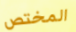
المختص